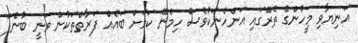
އަނިޔާވި މީހުންގެ ތެރޭގައި އަންހެނަކުވެސް ހިމެނޭ ކަމަށް ބައެއް ފަރާތްތަކުން ވަނީ ބުނެފަ